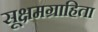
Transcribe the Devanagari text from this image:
सूक्षमग्राहिता